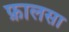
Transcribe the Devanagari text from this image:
फ़ालसा